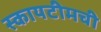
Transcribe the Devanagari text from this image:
स्कायटीमची